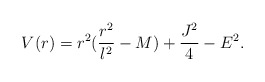
\begin{align*}V(r)=r^2(\frac{r^2}{l^2}-M)+\frac{J^2}{4}-E^2.\end{align*}